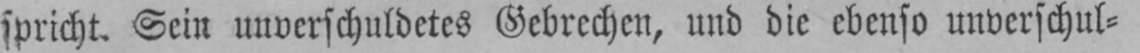
spricht. Sein unverschuldetes Gebrechen, und die ebenso unverschul⸗